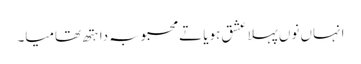
انہاں نوں پہلا عشق ہویا تے محبوبہ دا ہتھ تھامیا۔